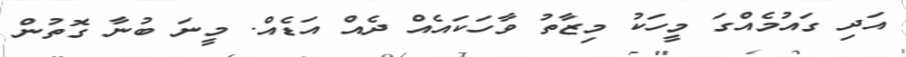
އަދި ގައުމެއްގަ މީހަކު މިޒާތު ވާހަކައެއް ދެއް އަޑެއް. މީނަ ބުނާ ގޮތުން